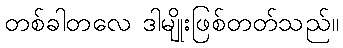
တစ်ခါတလေ ဒါမျိုးဖြစ်တတ်သည်။